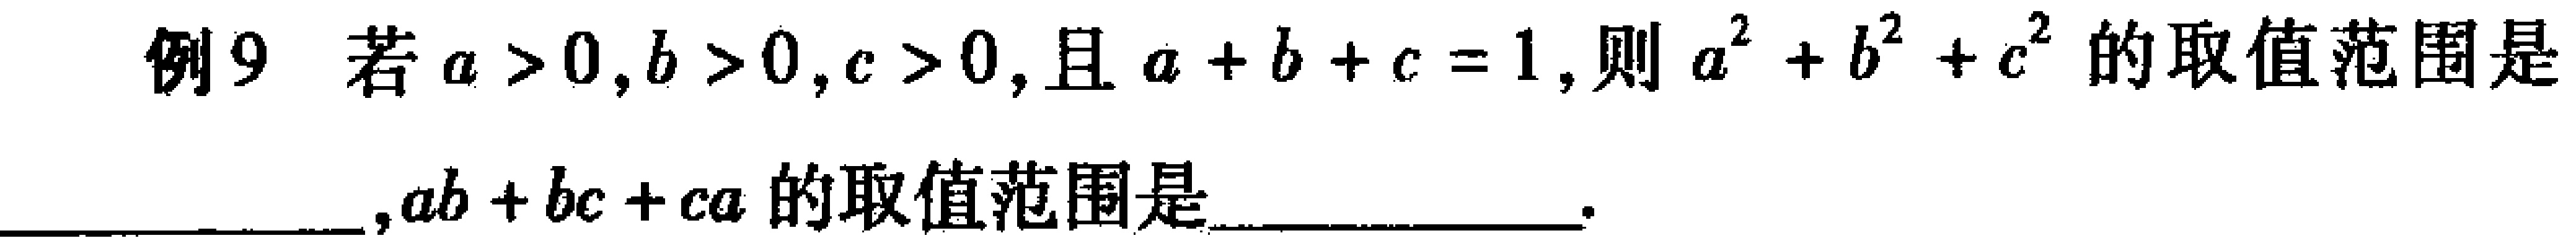
例9 若\(a > 0,b > 0,c > 0\),且\(a + b + c = 1\),则\(a^{2} + b^{2} + c^{2}\)的取值范围是____________,\(ab + bc + ca\)的取值范围是____________.